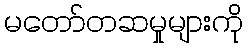
မတော်တဆမှုများကို